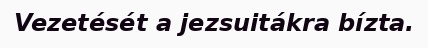
Vezetését a jezsuitákra bízta.